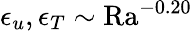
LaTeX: \epsilon_{u},\epsilon_{T}\sim\mathrm{Ra}^{-0.20}